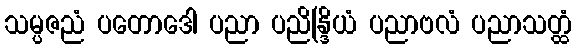
သမ္ပဇညံ ပတောဒေါ ပညာ ပညိန္ဒြိယံ ပညာဗလံ ပညာသတ္ထံ